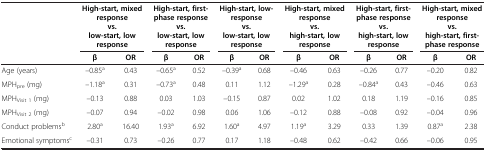
<table><thead><tr><td rowspan="2"><b> </b></td><td colspan="2"><b>High-start, mixed response vs. low-start, low response</b></td><td colspan="2"><b>High-start, first-phase response vs. low-start, low response</b></td><td colspan="2"><b>High-start, low-response vs. low-start, low response</b></td><td colspan="2"><b>High-start, mixed response vs. high-start, low response</b></td><td colspan="2"><b>High-start, first-phase response vs. high-start, low response</b></td><td colspan="2"><b>High-start, mixed response vs. high-start, first-phase response</b></td></tr><tr><td><b>β</b></td><td><b>OR</b></td><td><b>β</b></td><td><b>OR</b></td><td><b>β</b></td><td><b>OR</b></td><td><b>β</b></td><td><b>OR</b></td><td><b>β</b></td><td><b>OR</b></td><td><b>β</b></td><td><b>OR</b></td></tr></thead><tbody><tr><td>Age (years)</td><td>–0.85<sup>a</sup></td><td>0.43</td><td>–0.65<sup>a</sup></td><td>0.52</td><td>–0.39<sup>a</sup></td><td>0.68</td><td>–0.46</td><td>0.63</td><td>–0.26</td><td>0.77</td><td>–0.20</td><td>0.82</td></tr><tr><td>MPH<sub>pre</sub> (mg)</td><td>–1.18<sup>a</sup></td><td>0.31</td><td>–0.73<sup>a</sup></td><td>0.48</td><td>0.11</td><td>1.12</td><td>–1.29<sup>a</sup></td><td>0.28</td><td>–0.84<sup>a</sup></td><td>0.43</td><td>–0.46</td><td>0.63</td></tr><tr><td>MPH<sub>Visit 1</sub> (mg)</td><td>–0.13</td><td>0.88</td><td>0.03</td><td>1.03</td><td>–0.15</td><td>0.87</td><td>0.02</td><td>1.02</td><td>0.18</td><td>1.19</td><td>–0.16</td><td>0.85</td></tr><tr><td>MPH<sub>Visit 2</sub> (mg)</td><td>–0.07</td><td>0.94</td><td>–0.02</td><td>0.98</td><td>0.06</td><td>1.06</td><td>–0.12</td><td>0.88</td><td>–0.08</td><td>0.92</td><td>–0.04</td><td>0.96</td></tr><tr><td>Conduct problems<sup>b</sup></td><td>2.80<sup>a</sup></td><td>16.40</td><td>1.93<sup>a</sup></td><td>6.92</td><td>1.60<sup>a</sup></td><td>4.97</td><td>1.19<sup>a</sup></td><td>3.29</td><td>0.33</td><td>1.39</td><td>0.87<sup>a</sup></td><td>2.38</td></tr><tr><td>Emotional symptoms<sup>c</sup></td><td>–0.31</td><td>0.73</td><td>–0.26</td><td>0.77</td><td>0.17</td><td>1.18</td><td>–0.48</td><td>0.62</td><td>–0.42</td><td>0.66</td><td>–0.06</td><td>0.95</td></tr></tbody></table>